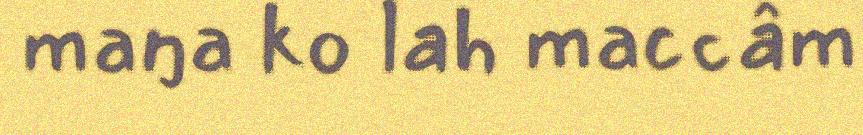
maŋa ko lah maccâm